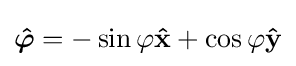
{\boldsymbol {\hat {\varphi }}}=-\sin \varphi \mathbf {\hat {x}} +\cos \varphi \mathbf {\hat {y}}